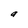
Character: a